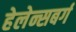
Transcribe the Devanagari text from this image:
हेलेन्सबर्ग